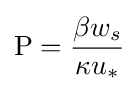
\mathrm {P} ={\frac {\beta w_{s}}{\kappa u_{*}}}